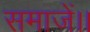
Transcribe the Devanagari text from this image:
समाजें।।